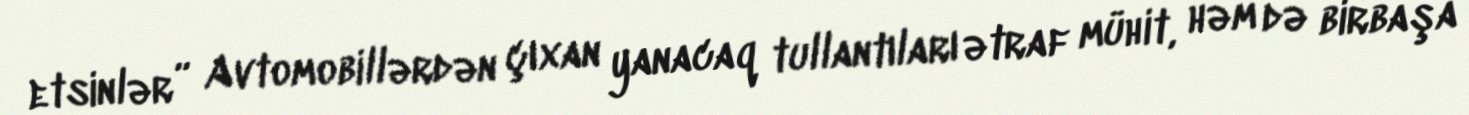
etsinlər” Avtomobillərdən çıxan yanacaq tullantıları ətraf mühit, həm də birbaşa